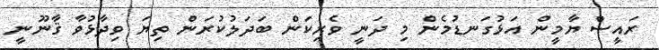
ރައީސް ޔާމީން އަޅުގަނޑުމެން މި ދަނީ ވެރިކަން ބަދަލުކުރަން ތިޔަ ވިދާޅުވާ ޤާނޫނީ